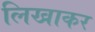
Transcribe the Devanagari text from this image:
लिखाकर